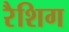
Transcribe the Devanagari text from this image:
रैशिग